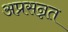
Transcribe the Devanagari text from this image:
अप्रसन्नत